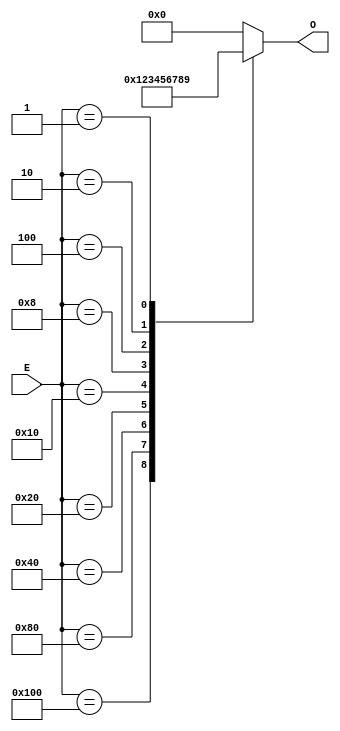
`timescale 1ns / 1ps


module codificador10a4(input [8:0] E, output reg [3:0] O);

always @(E)
    case (E)
        9'b100000000 : O <= 4'b0001;
        9'b010000000 : O <= 4'b0010;
        9'b001000000 : O <= 4'b0011;
        9'b000100000 : O <= 4'b0100;
        9'b000010000 : O <= 4'b0101;
        9'b000001000 : O <= 4'b0110;
        9'b000000100 : O <= 4'b0111;
        9'b000000010 : O <= 4'b1000;
        9'b000000001 : O <= 4'b1001;
        default : O <= 4'b0000;
    endcase  

endmodule